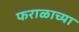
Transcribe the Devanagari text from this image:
फराळाच्या